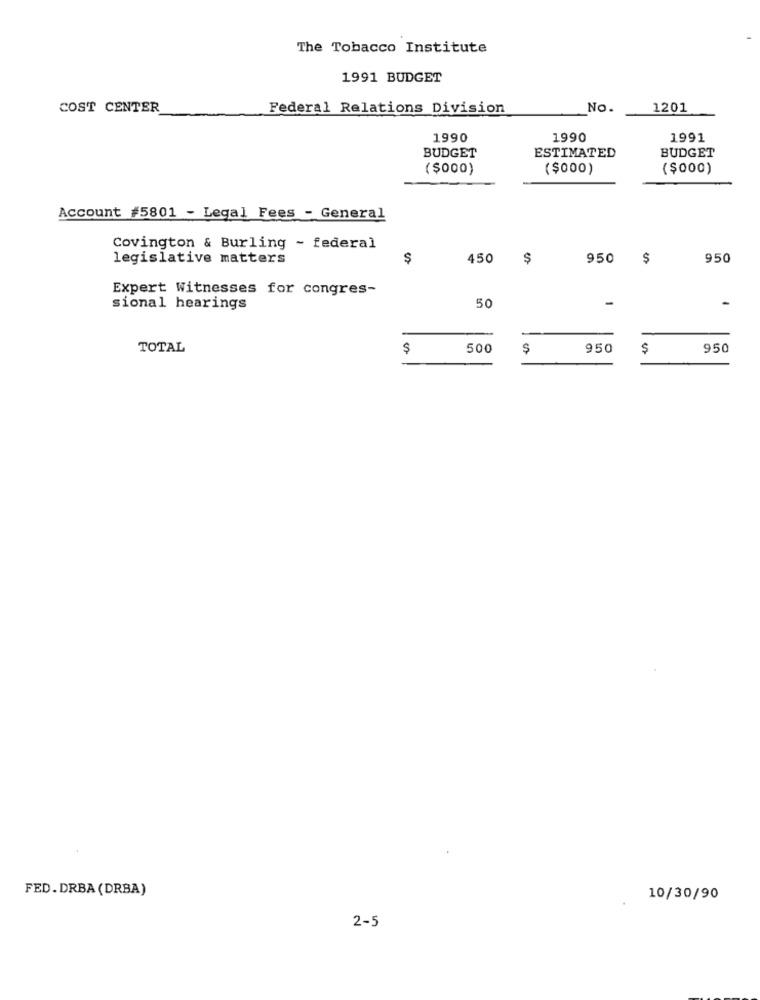
The Tobacco Institute
1991 BUDGET
COST CENTER
Federal Relations Division
No.
1201
1990
1990
1991
ESTIMATED
BUDGET
BUDGET
( $000)
($000)
($000)
Account #5801 - Legal Fees - General
Covington & Burling ~ federal
legislative matters
$
450
950
$
950
Expert Witnesses for congres-
50
-
-
sional hearings
TOTAL
$
500
$
950
$
950
FED.DRBA (DRBA)
10/30/90
2-5